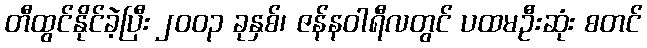
တီထွင်နိုင်ခဲ့ပြီး ၂၀၀၃ ခုနှစ်၊ ဇန်နဝါရီလတွင် ပထမဦးဆုံး စတင်